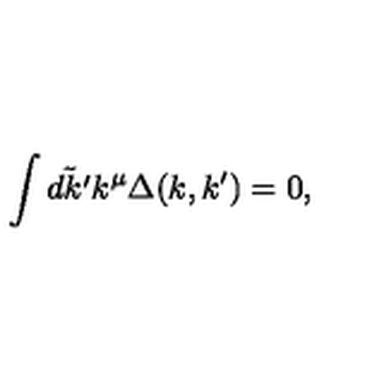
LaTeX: \int \tilde { d k ^ { \prime } } k ^ { \mu } \Delta ( k , k ^ { \prime } ) = 0 ,